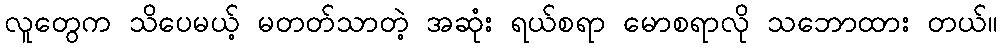
လူတွေက သိပေမယ့် မတတ်သာတဲ့ အဆုံး ရယ်စရာ မောစရာလို သဘောထား တယ်။